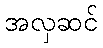
အလှဆင်